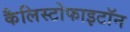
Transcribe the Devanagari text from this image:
कैलिस्टोफाइटॉन